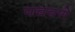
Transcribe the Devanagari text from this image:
पचवणे